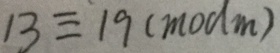
1 3 \equiv 1 9 ( m o d m )